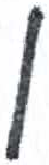
אות: ן